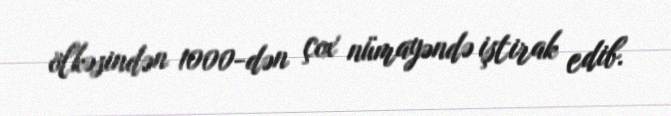
ölkəsindən 1000-dən çox nümayəndə iştirak edib.